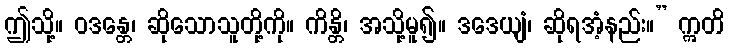
ဤသို့။ ဝဒန္တေ၊ ဆိုသောသူတို့ကို။ ကိန္တိ၊ အသို့မူ၍။ ဒဒေယျံ၊ ဆိုရအံ့နည်း။” ဣတိ